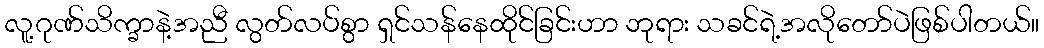
လူ့ဂုဏ်သိက္ခာနဲ့အညီ လွတ်လပ်စွာ ရှင်သန်နေထိုင်ခြင်းဟာ ဘုရား သခင်ရဲ့အလိုတော်ပဲဖြစ်ပါတယ်။